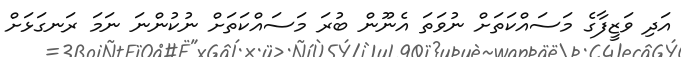
އަދި ވަޒީފާގެ މަސައްކަތަށް ނުވަތަ އެނޫން ބުރަ މަސައްކަތަށް ނުކުންނަ ނަމަ ރަނގަޅަށް